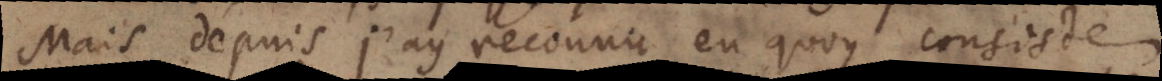
ais depuis j’ay reconnu en quoy consiste